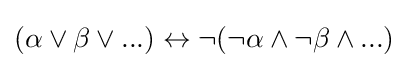
(\alpha \lor \beta \lor ...)\leftrightarrow \lnot (\lnot \alpha \land \lnot \beta \land ...)